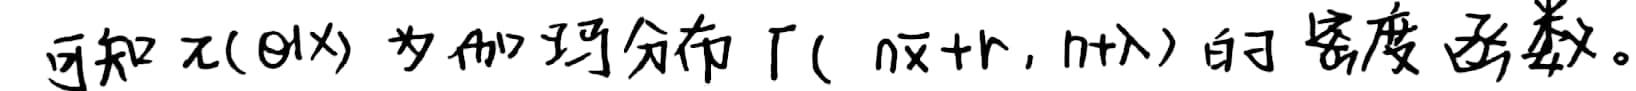
可知 $\pi(\theta|\mathbf{x})$ 为伽玛分布 $\Gamma(n\overline{x}+r,n+\lambda)$ 的密度函数。